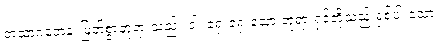
တထာဂတေန၊ မြတ်စွာဘုရားသည်။ ဝါ၊ ရှေးရှေးသော ဘုရားရှင်တို့သည် ရှစ်ပါးသော